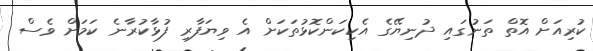
ކުރިއަށް އޮތް ތަނުގައި ދުނިޔޭގެ އެކިކަންކޮޅުތަކަށް އެ ވިޔަފާރި ފުޅާކުރާނެ ކަމަށް ވެސް